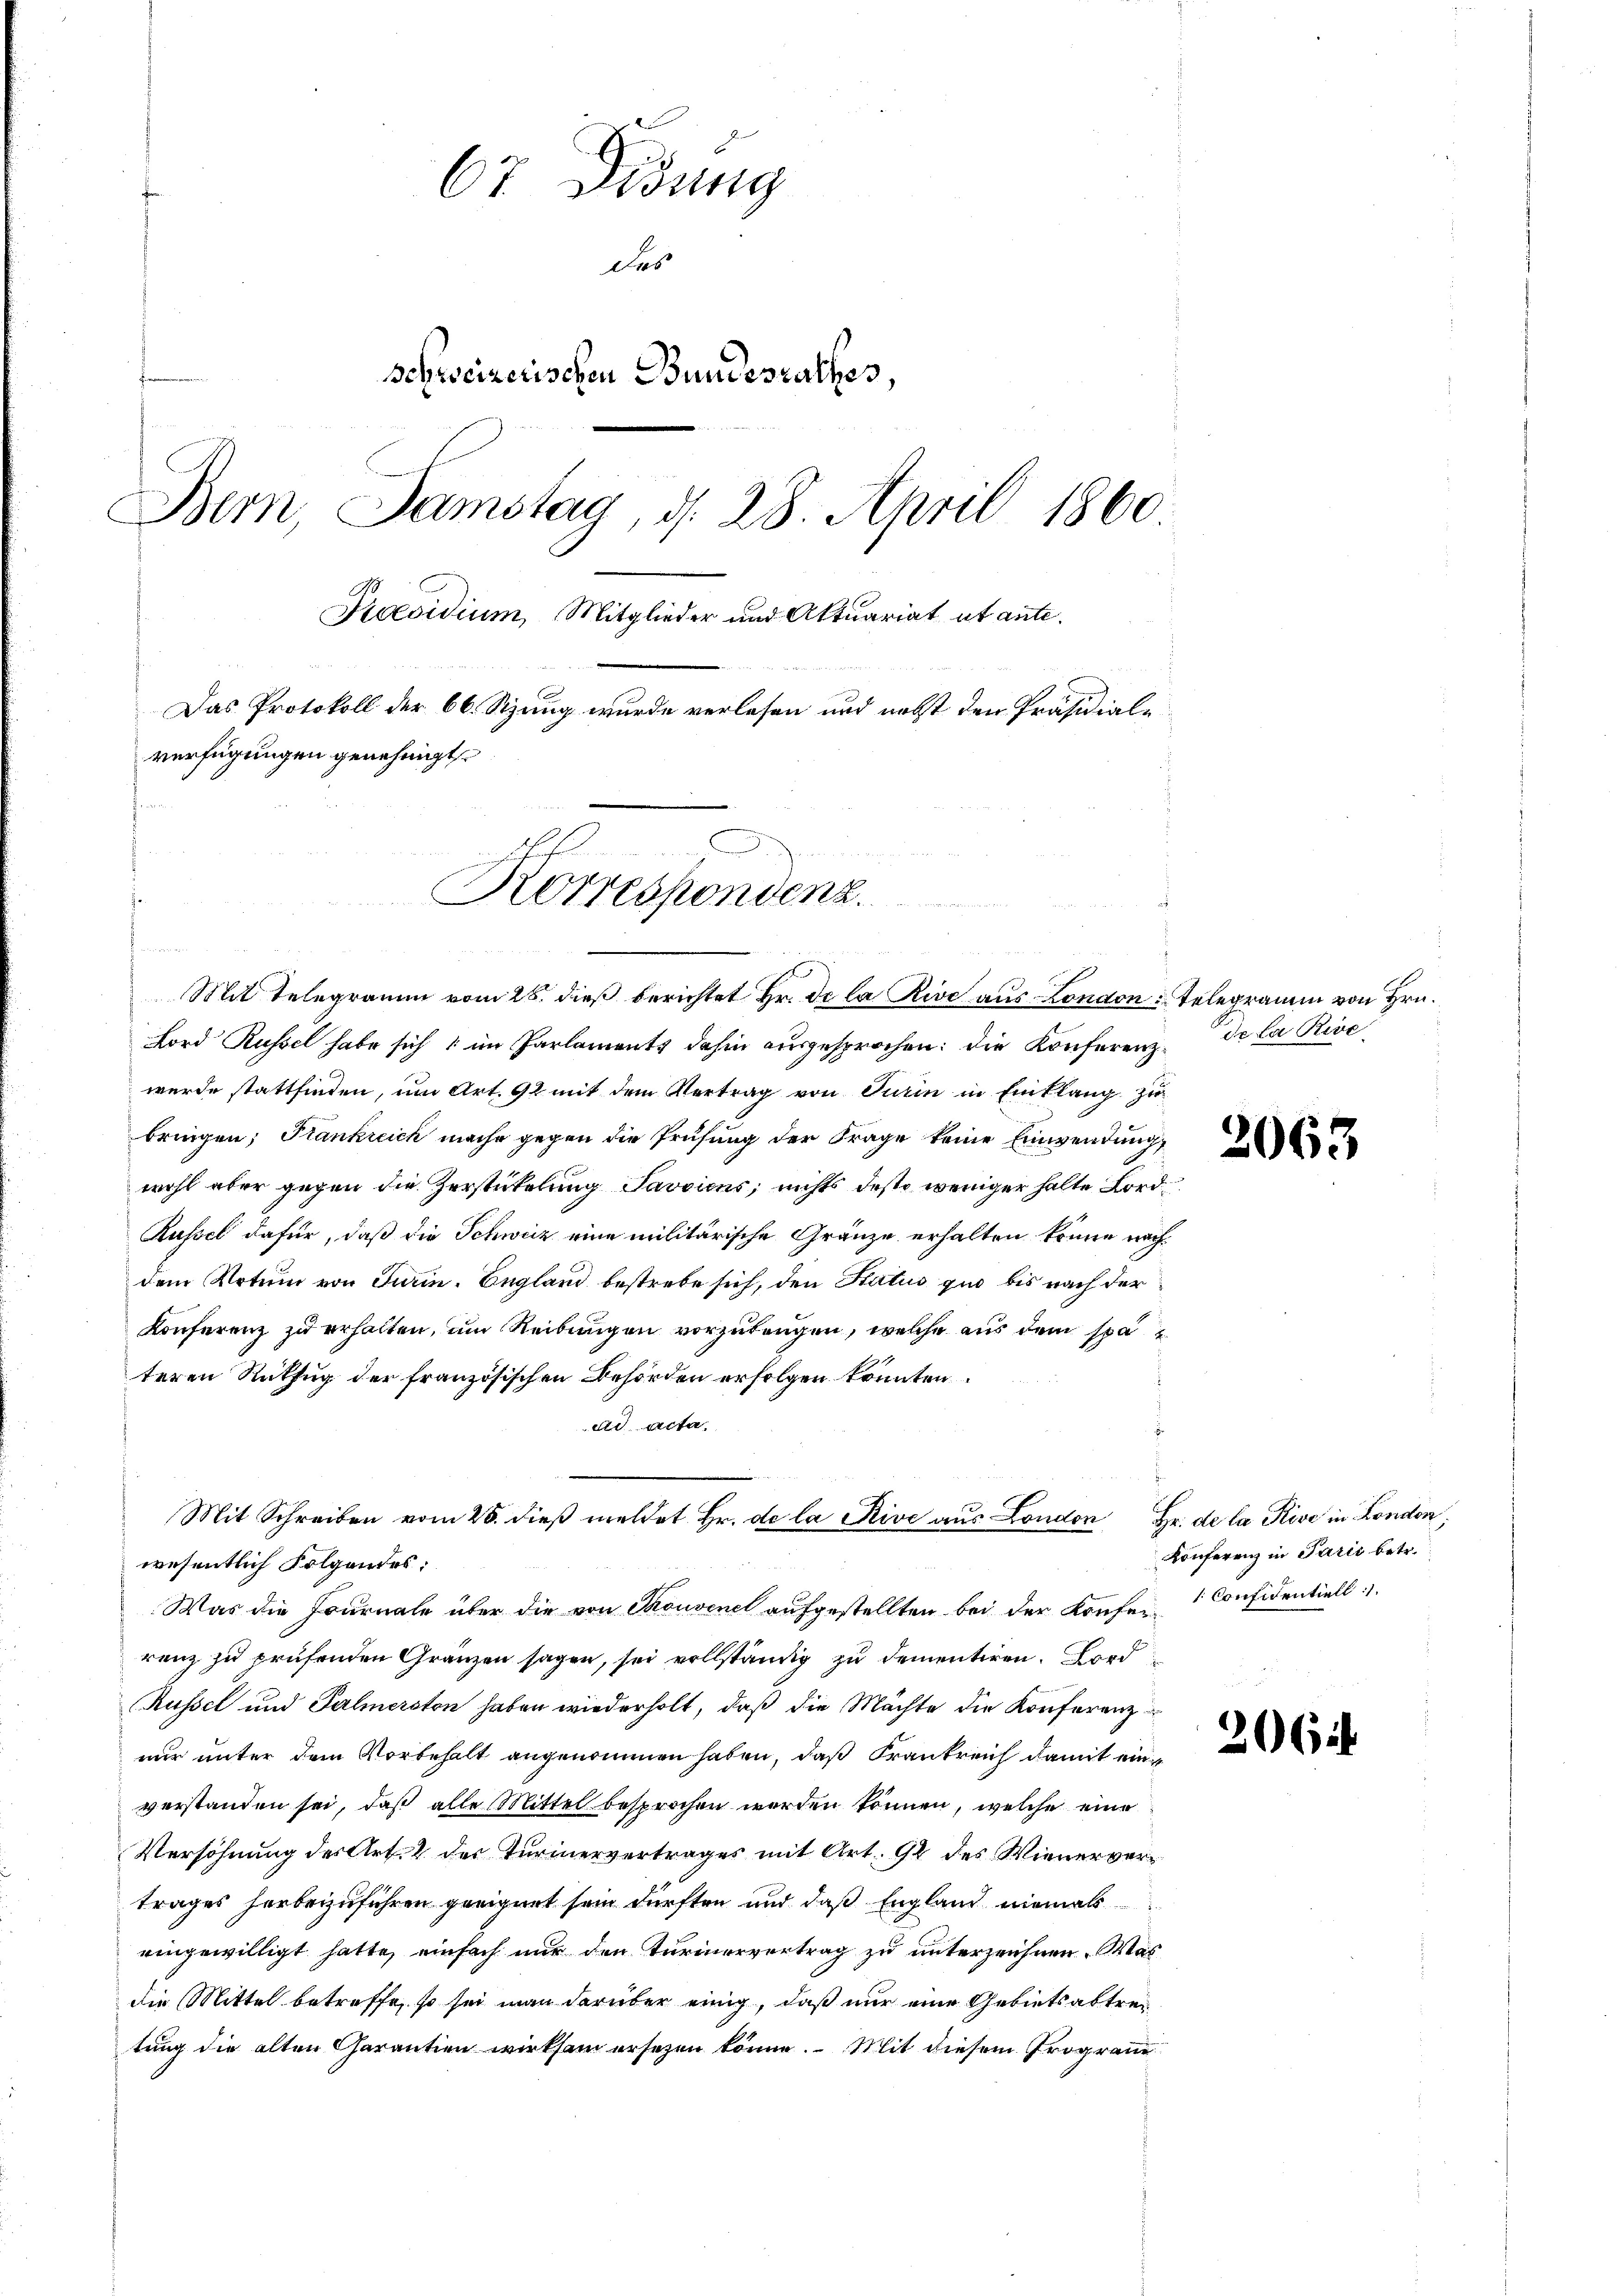
67 Fidung
Das
schweizerischen Bundesrathes,
Bern, Samstag, d. 28. April 1860
Praesidium, Mitglieder und Aktuariat utante.
Das Protokoll der 66. Sitzung wurde verlesen und nebst den Präsidiale
verfügungen genehmigt
t
Korrespondenz.

Lord Russel habe sich im Parlaments dahin ausgesprochen: die Konferenzwurde stattfinden, um Art. 92 mit dem Vertrag von Pierin in Einklang zu
bringen; Frankreich mache gegen die Prüfung der Frage keine Einwendung,
wohl aber gegen die Zerstickelung Javviens; nichts desto weniger halte Lord¬
Rüssel dafür, daß die Schweiz eine militärische Gränze erhalten könne nachdem Votum von Turin. England bestrebe sich, den Status quo bis nach der
Konferenz zu erhalten, um Reibungen vorzutragen, welche aus dem späteren Rükfug der französischen Behörden erfolgen könnten
ad acta.
Mit Schreiben vom 28. dieβ meldet Hr. de la Rive aus London Hr. de la Rive in London,
wesentlich Folgendes:
Was die Journale über die von Thouvenel aufgestellten bei der Konfer-Confidentiell
renz zu prüfenden Gränzen sagen, sei vollständig zu dementiren. Ford
Russel und Palmerston haben wiederholt, daß die Mächte die Konferenz
nur unter dem Vorbehalt angenommen haben, daß Frankreich damit einverstanden sei, daß alle Mittel besprochen worden können, welche eine
Versöhnung des Art. 2 des Turinervertrages mit Art. 92 des Wienervertrages herbeizuführen geeignet sein dürften und daß England niemals
eingewilligt hatte, einfach nur den Turinervertrag zu unterzeichnen. Was
die Mittel betreffe, so sei man darüber einig, daß nur eine Gebietsabtretung die alten Carantien wirksam ersetzen könne. Mit diesem Program

s

Mit Telegramm vom 26. dieß berichtet Hr. De la Rive aus London Telegramm von Hrn.

de la Rive

2063

Konferenz in Parii betr.

2061